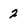
Character: 2